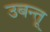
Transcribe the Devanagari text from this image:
उबन्तू